system: You are a helpful assistant.
user:
Analyze the provided spectrum to determine if it is a **S-type Star**.

- **Key Indicators for S-type Star:**

    - **(Overall Spectrum Shape):** The first and most obvious characteristic is the overall continuum (the "baseline" shape). It is **extremely "red-sloping,"** meaning the flux (light intensity) is very low on the left side (blue, ~4000-4500 Å) and rises steeply and continuously toward the right side (red, ~7000 Å+).

    - **(Primary):** The spectrum is defined by the presence of strong, broad molecular absorption "valleys" (bands) from **Zirconium Oxide (ZrO)**. The identification of these bands is the **primary requirement** for classifying a star as S-type.
        - **(Key Bandheads):** You must find distinct, deep "dips" where the light has been absorbed. The most critical band systems to locate are:
            - **~6474 Å** ($\gamma$-system): This is often the strongest and clearest ZrO feature, found in the red part of the spectrum.
            - **~5718 Å** & **~5551 Å** ($\beta$-system): A pair of prominent absorption features in the yellow-orange part of the spectrum.
            - **~4640 Å** ($\alpha$-system): A key absorption band system in the blue-green region of the spectrum.

    - **(Secondary Confirmation):** The classification is strengthened by finding additional absorption bands from other related heavy element oxides, which are expected to be present alongside ZrO.
        - **(Key Bandheads):**
            - **Yttrium Oxide (YO):** Look for absorption dips near **~4800 Å** and **~6100 Å**.
            - **Lanthanum Oxide (LaO):** Additional absorption features, particularly in the red-orange part of the spectrum, are also characteristic.

    - **(Line Profile):** The combination of the steep red continuum and these numerous, deep molecular bands (ZrO, YO, etc.) gives the entire spectrum a very **"chopped-up"** or **"bumpy"** appearance. Instead of a smooth curve, the spectrum looks as though large, wide chunks of light have been "carved out" of it at the specific wavelengths listed above.

Think first, call **spectral_visualization_tool** if needed to examine features in detail, then provide your final answer. Your response must adhere to the following strict rules:
1.  **Overall Structure:** Your response must follow the format `<think>...</think> <tool_call>...</tool_call> (if a tool is used) <answer>...</answer>`.
2.  **Tool Usage Constraint:** You may only make **one** tool call per turn.
3.  **Final Answer Format:** In the `<answer>` tag, your conclusion must be inside a `\boxed{}` command (e.g., `\boxed{YES}` or `\boxed{NO}`), followed by your justification.

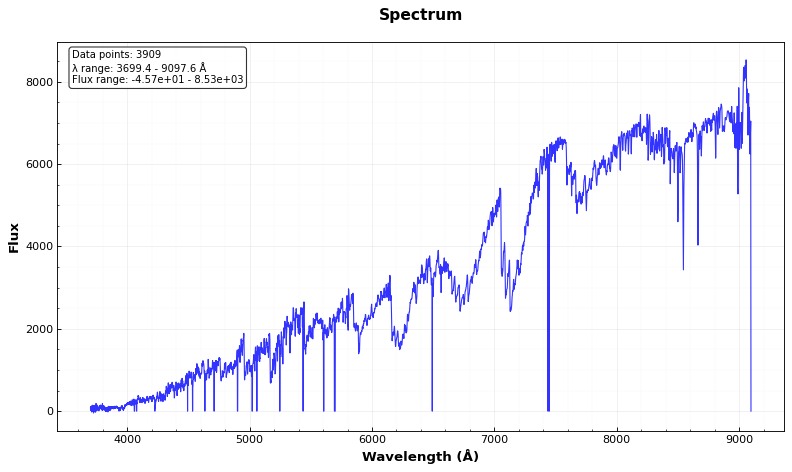
Answer: YES